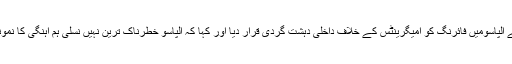
مظاہرین نے الپاسومیں فائرنگ کو امیگرینٹس کے خلاف داخلی دہشت گردی قرار دیا اور کہا کہ الپاسو خطرناک ترین نہیں نسلی ہم آہنگی کا نمونہ شہر ہے۔